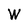
Character: W